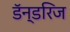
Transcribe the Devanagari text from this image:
डॅन्डरिज